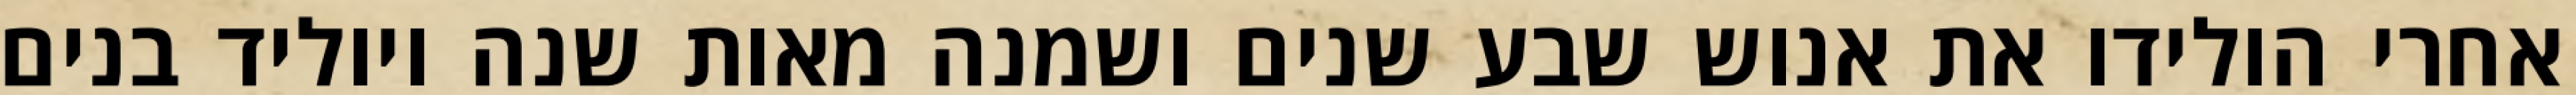
אחרי הולידו את אנוש שבע שנים ושמנה מאות שנה ויוליד בנים